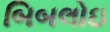
બિબલોઇ